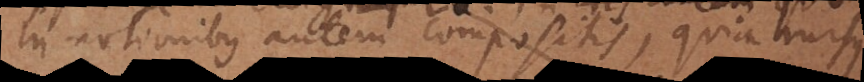
In notionibus autem compositis, quia rursus